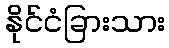
နိုင်ငံခြားသား